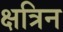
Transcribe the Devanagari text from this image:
क्षत्रिन